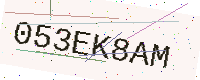
Text: 053EK8AM